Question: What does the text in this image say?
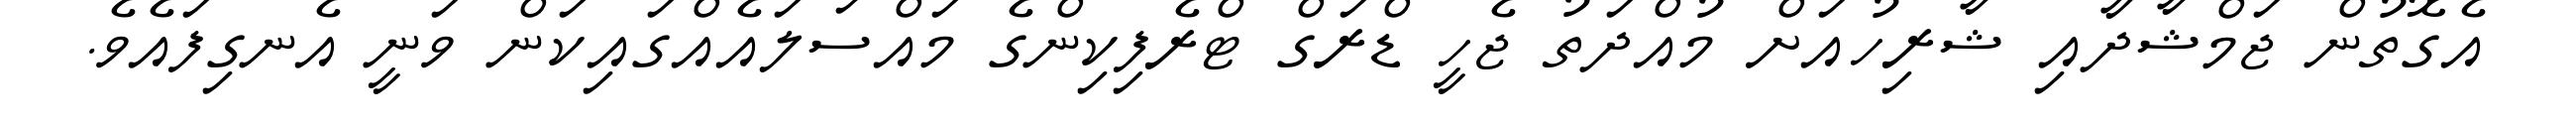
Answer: އެގޮތުން ޖަމްޝާދާއި ޝާރިހުއަށް މުއްދަތު ޖެހީ ޑްރަގް ޓްރެފިކިންގެ މައްސަލައެއްގައިކަން ވަނީ އެނގިފައެވެ.